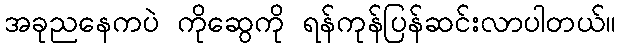
အခုညနေကပဲ ကိုဆွေကို ရန်ကုန်ပြန်ဆင်းလာပါတယ်။